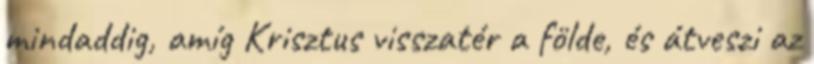
mindaddig, amíg Krisztus visszatér a földe, és átveszi az